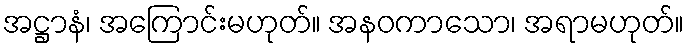
အဋ္ဌာနံ၊ အကြောင်းမဟုတ်။ အနဝကာသော၊ အရာမဟုတ်။